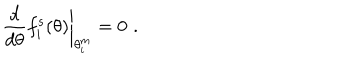
\left. \frac { d } { d \theta } f _ { i } ^ { s } ( \theta ) \right| _ { \theta _ { i } ^ { m } } = 0 \, \, .